Burma Government Medical School reports 1923-41
Year: 1923
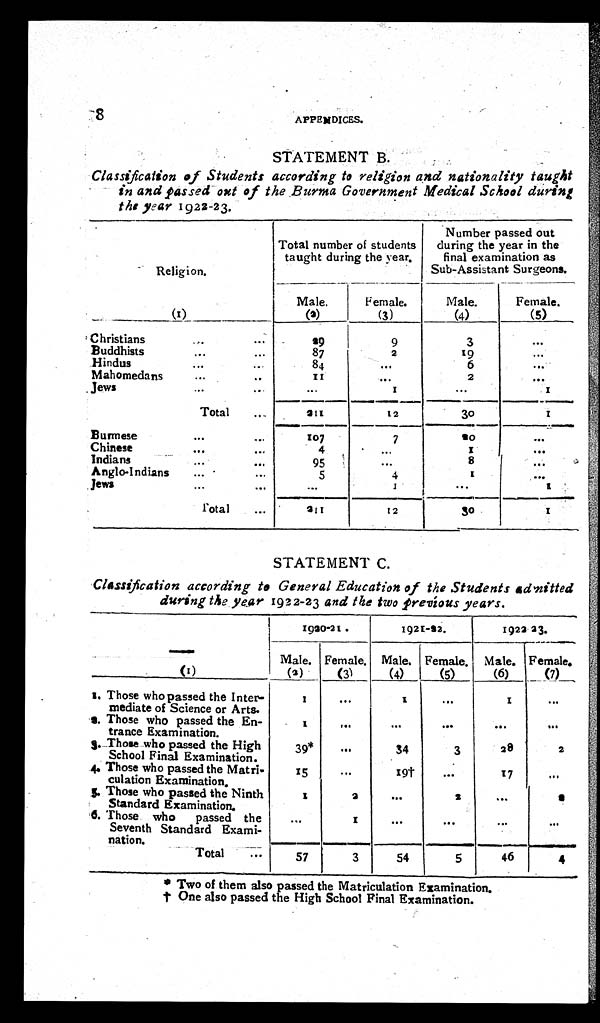
APPENDICES.
STATEMENT B.
Classification of Students according to religion and nationality taught
in and passed out of the Burma Government Medical School during
the year 1922-23.
Religion.
Total number of students
taught during the year.
Number passed out
during the year in the
final examination as
Sub-Assistant Surgeons.
(1)
Male.
(2)
Female.
(3)
Male.
(4)
Female.
(5)
Christians
29
9
3
Buddhists
87
2
19
Hindus
84
6
Mahomedans
1 1
2
Jews
1
1
Total
211
12
3 0
1
Burmese
107
7
2 0
Chinese
4
1
Indians
9 5
8
Anglo-Indians
5
4
1
Jews
1
1
Total
211
12
30
1
STATEMENT C.
Classification according to General Education of the Students admitted
during the year 1922-23 and the two previous years.
—(1)
1920-21.
1921-22.
1922-23.
Male.
(2)
Female.
(3)
Male.
(4)
Female.
(5)
Male.
(6)
Female.
(7)
1. Those who passed the Inter-
mediate of Science or Arts.
1
1
1
2. Those who passed the En-
trance Examination.
1
3. Those who passed the High
School Final Examination.
39*
34
3
28
2
4. Those who passed the Matri-
culation Examination.
15
1 9 †
17
5. Those who passed the Ninth
Standard Examination.
1
2
2
2
6. Those who passed the
Seventh Standard Exami-
nation.
1
Total
57
3
54
5
46
4
* Two of them also passed the Matriculation Examination.
† One also passed the High School Final Examination.